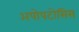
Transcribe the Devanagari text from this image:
अपोपटोसिस